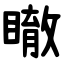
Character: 瞮